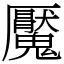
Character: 魘